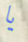
يا